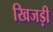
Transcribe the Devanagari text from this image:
खिजड़ी